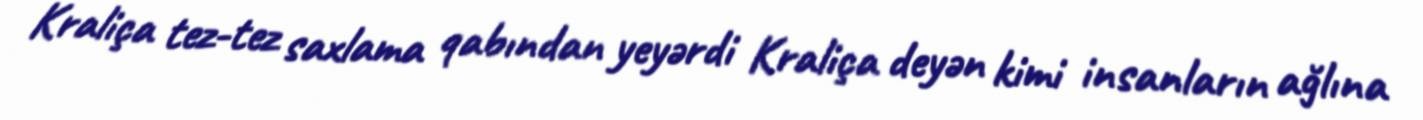
Kraliça tez-tez saxlama qabından yeyərdi Kraliça deyən kimi insanların ağlına